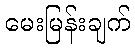
မေးမြန်းချက်